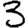
Digit: 3